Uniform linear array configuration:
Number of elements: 8
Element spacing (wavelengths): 0.5
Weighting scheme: hamming
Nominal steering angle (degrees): -45
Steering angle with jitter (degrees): -44.375
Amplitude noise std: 0.05
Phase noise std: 0.05

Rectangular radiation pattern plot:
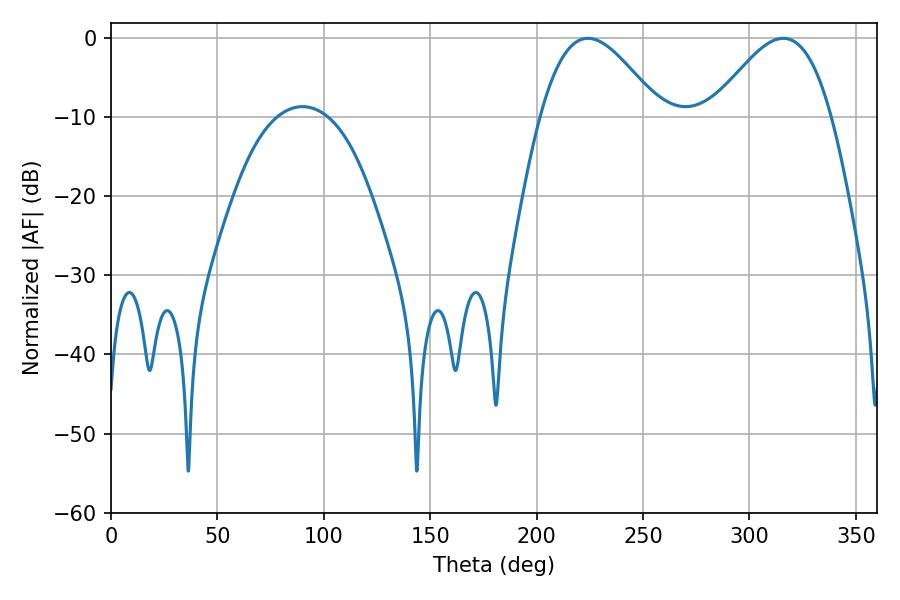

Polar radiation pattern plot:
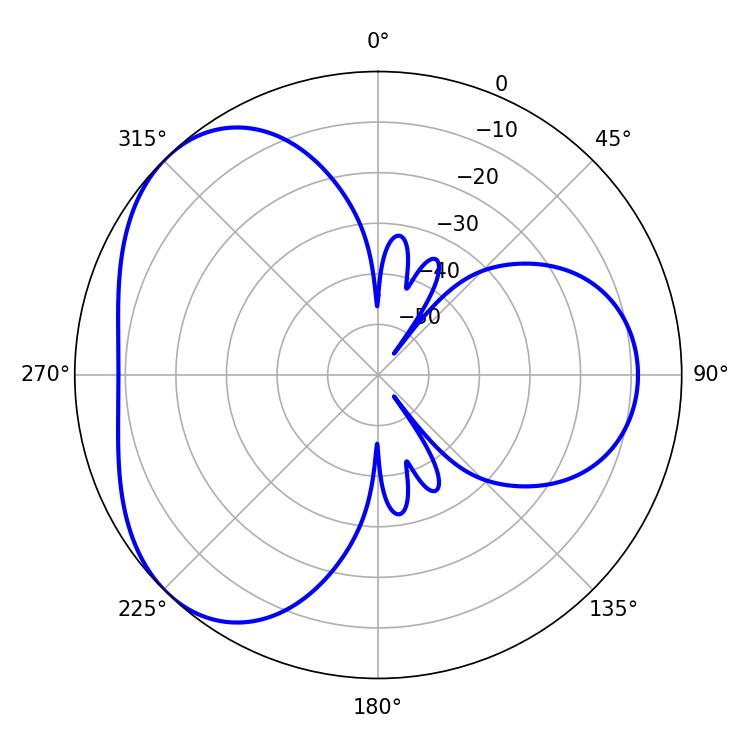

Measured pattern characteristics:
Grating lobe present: FALSE
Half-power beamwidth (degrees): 30.24
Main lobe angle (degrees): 224.1